Lunatic asylums Madras 1892-1911 - 1892-1911
Year: 1892
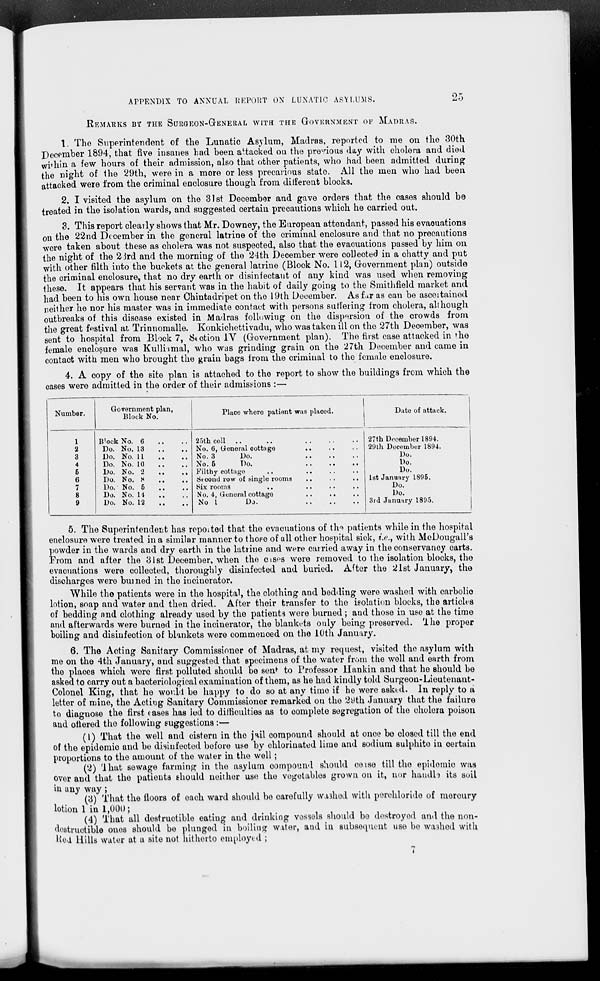
APPENDIX TO ANNUAL REPORT ON LUNATIC ASYLUMS.
25
REMARKS BY THE SURGEON-GENERAL WITH THE GOVERNMENT OF MADRAS.
1. The Superintendent of the Lunatic Asylum, Madras, reported to me on the 30th
Pecember 1894, that five insanes had been attacked on the previous day with cholera and died
within a few hours of their admission, also that other patients, who had been admitted during
the night of the 29th, were in a more or less precarious state. All the men who had been
attacked were from the criminal enclosure though from different blocks.
2. I visited the asylum on the 31st December and gave orders that the cases should be
treated in the isolation wards, and suggested certain precautions which he carried out.
3. This report clearly shows that Mr. Downey, the European attendant, passed his evacuations
on the 22nd December in the general latrine of the criminal enclosure and that no precautions
were taken about these as cholera was not suspected, also that the evacuations passed by him on
the night of the 23rd and the morning of the 24th December were collected in a chatty and put
with other filth into the buckets at the general latrine (Block No. 112, Government plan) outside
the criminal enclosure, that no dry earth or disinfectant of any kind was used when removing
these. It appears that his servant was in the habit of daily going to the Smithfield market and
had been to his own house near Chintadripet on the 19th December. As far as can be ascertained
neither he nor his master was in immediate contact with persons suffering from cholera, although
outbreaks of this disease existed in Madras following on the dispersion of the crowds from
the great festival at Trinnomalle. Konkichettivadu, who was taken ill on the 27th December, was
sent to hospital from Block 7, Section IV (Government plan). The first case attacked in the
female enclosure was Kulliamal, who was grinding grain on the 27th December and came in
contact with men who brought the grain bags from the criminal to the female enclosure.
4. A copy of the site plan is attached to the report to show the buildings from which the
cases were admitted in the order of their admissions :—
Number.
1
2
3
4
5
6
7
8
9
Government plan,
Block No.
Block No. 6 .. ..
Do. No. 13 .. ..
Do. No. 11 .. ..
Do. No. 10 .. ..
Do. No. 2 .. ..
Do. No. 8 .. ..
Do. No. 5 .. ..
Do. No. 14 .. ..
Do. No. 12 .. ..
Place where patient was placed.
25th cell
..
..
..
No. 6, General cottage .. .. ..
No. 3
Do.
..
..
..
No.
5
Do. .. .. ..
Filthy cottage .. .. .. ..
Second row of single rooms .. .. ..
Six rooms
..
..
..
..
No. 4, General cottage .. .. ..
No
1
Do.
..
..
..
Date of attack.
27th December 1894.
29th December 1894.
Do.
Do.
Do.
1st January 1895.
Do.
Do.
3rd January 1895.
5. The Superintendent has reported that the evacuations of the patients while in the hospital
enclosure were treated in a similar manner to those of all other hospital sick, i.e., with McDougall's
powder in the wards and dry earth in the latrine and were carried away in the conservancy carts.
From and after the 31st December, when the cases were removed to the isolation blocks, the
evacuations were collected, thoroughly disinfected and buried. After the 21st January, the
discharges were burned in the incinerator.
While the patients were in the hospital, the clothing and bedding were washed with carbolic
lotion, soap and water and then dried. After their transfer to the isolation blocks, the articles
of bedding and clothing already used by the patients were burned ; and those in use at the time
and afterwards were burned in the incinerator, the blankets only being preserved. The proper
boiling and disinfection of blankets were commenced on the 10th January.
6. The Acting Sanitary Commissioner of Madras, at my request, visited the asylum with
me on the 4th January, and suggested that specimens of the water from the well and earth from
the places which were first polluted should be sent to Professor Hankin and that he should be
asked to carry out a bacteriological examination of them, as he had kindly told Surgeon-Lieutenant-
Colonel King, that he would be happy to do so at any time if be were asked. In reply to a
letter of mine, the Acting Sanitary Commissioner remarked on the 29th January that the failure
to diagnose the first cases has led to difficulties as to complete segregation of the cholera poison
and ottered the following suggestions :—
(1) That the well and cistern in the jail compound should at once be closed till the end
of the epidemic and be disinfected before use by chlorinated lime and sodium sulphite in certain
proportions to the amount of the water in the well;
(2) That sewage farming in the asylum compound should cease till the epidemic was
over and that the patients should neither use the vegetables grown on it, nor handle its soil
in any way ;
(3) That the floors of each ward should be carefully washed with perchloride of mercury
lotion 1 in 1,000 ;
(4) That all destructible eating and drinking vessels should be destroyed and the non-
destructible ones should be plunged in boiling water, and in subsequent use be washed with
Red Hills water at a site not hitherto employed ;
7